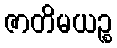
ဇာတိမယဉ္စ